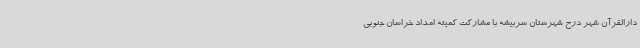
دارالقرآن شهر درح شهرستان سربیشه با مشارکت کمیته امداد خراسان جنوبی